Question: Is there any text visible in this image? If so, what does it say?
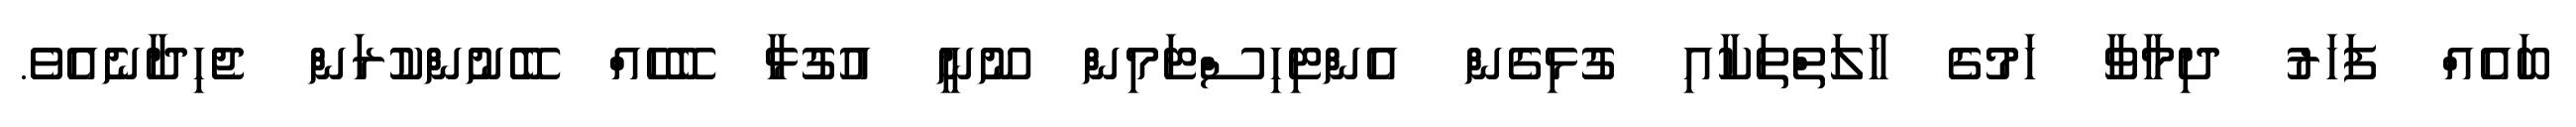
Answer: ބައެއް ފަހަރު ދިމާވާ ހަމުގެ ހާލަތްތަކާއި ގުޅިގެން އެންޓިހިސްޓަމިން ނޫނީ އުގުޅާ ބޭހެއް ބޭނުންކުރަން ޖެހިދާނެއެވެ.